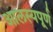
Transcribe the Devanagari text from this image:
आलस्यपूर्ण